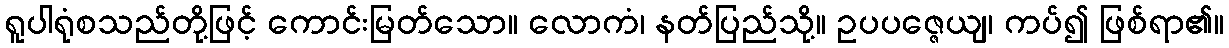
ရူပါရုံစသည်တို့ဖြင့် ကောင်းမြတ်သော။ လောကံ၊ နတ်ပြည်သို့။ ဥပပဇ္ဇေယျ၊ ကပ်၍ ဖြစ်ရာ၏။